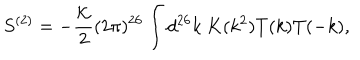
S ^ { ( 2 ) } = - \frac { \cal K } { 2 } ( 2 \pi ) ^ { 2 6 } \int d ^ { 2 6 } k ~ K ( k ^ { 2 } ) T ( k ) T ( - k ) ,